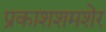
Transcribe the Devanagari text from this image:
प्रकाशशमशेर